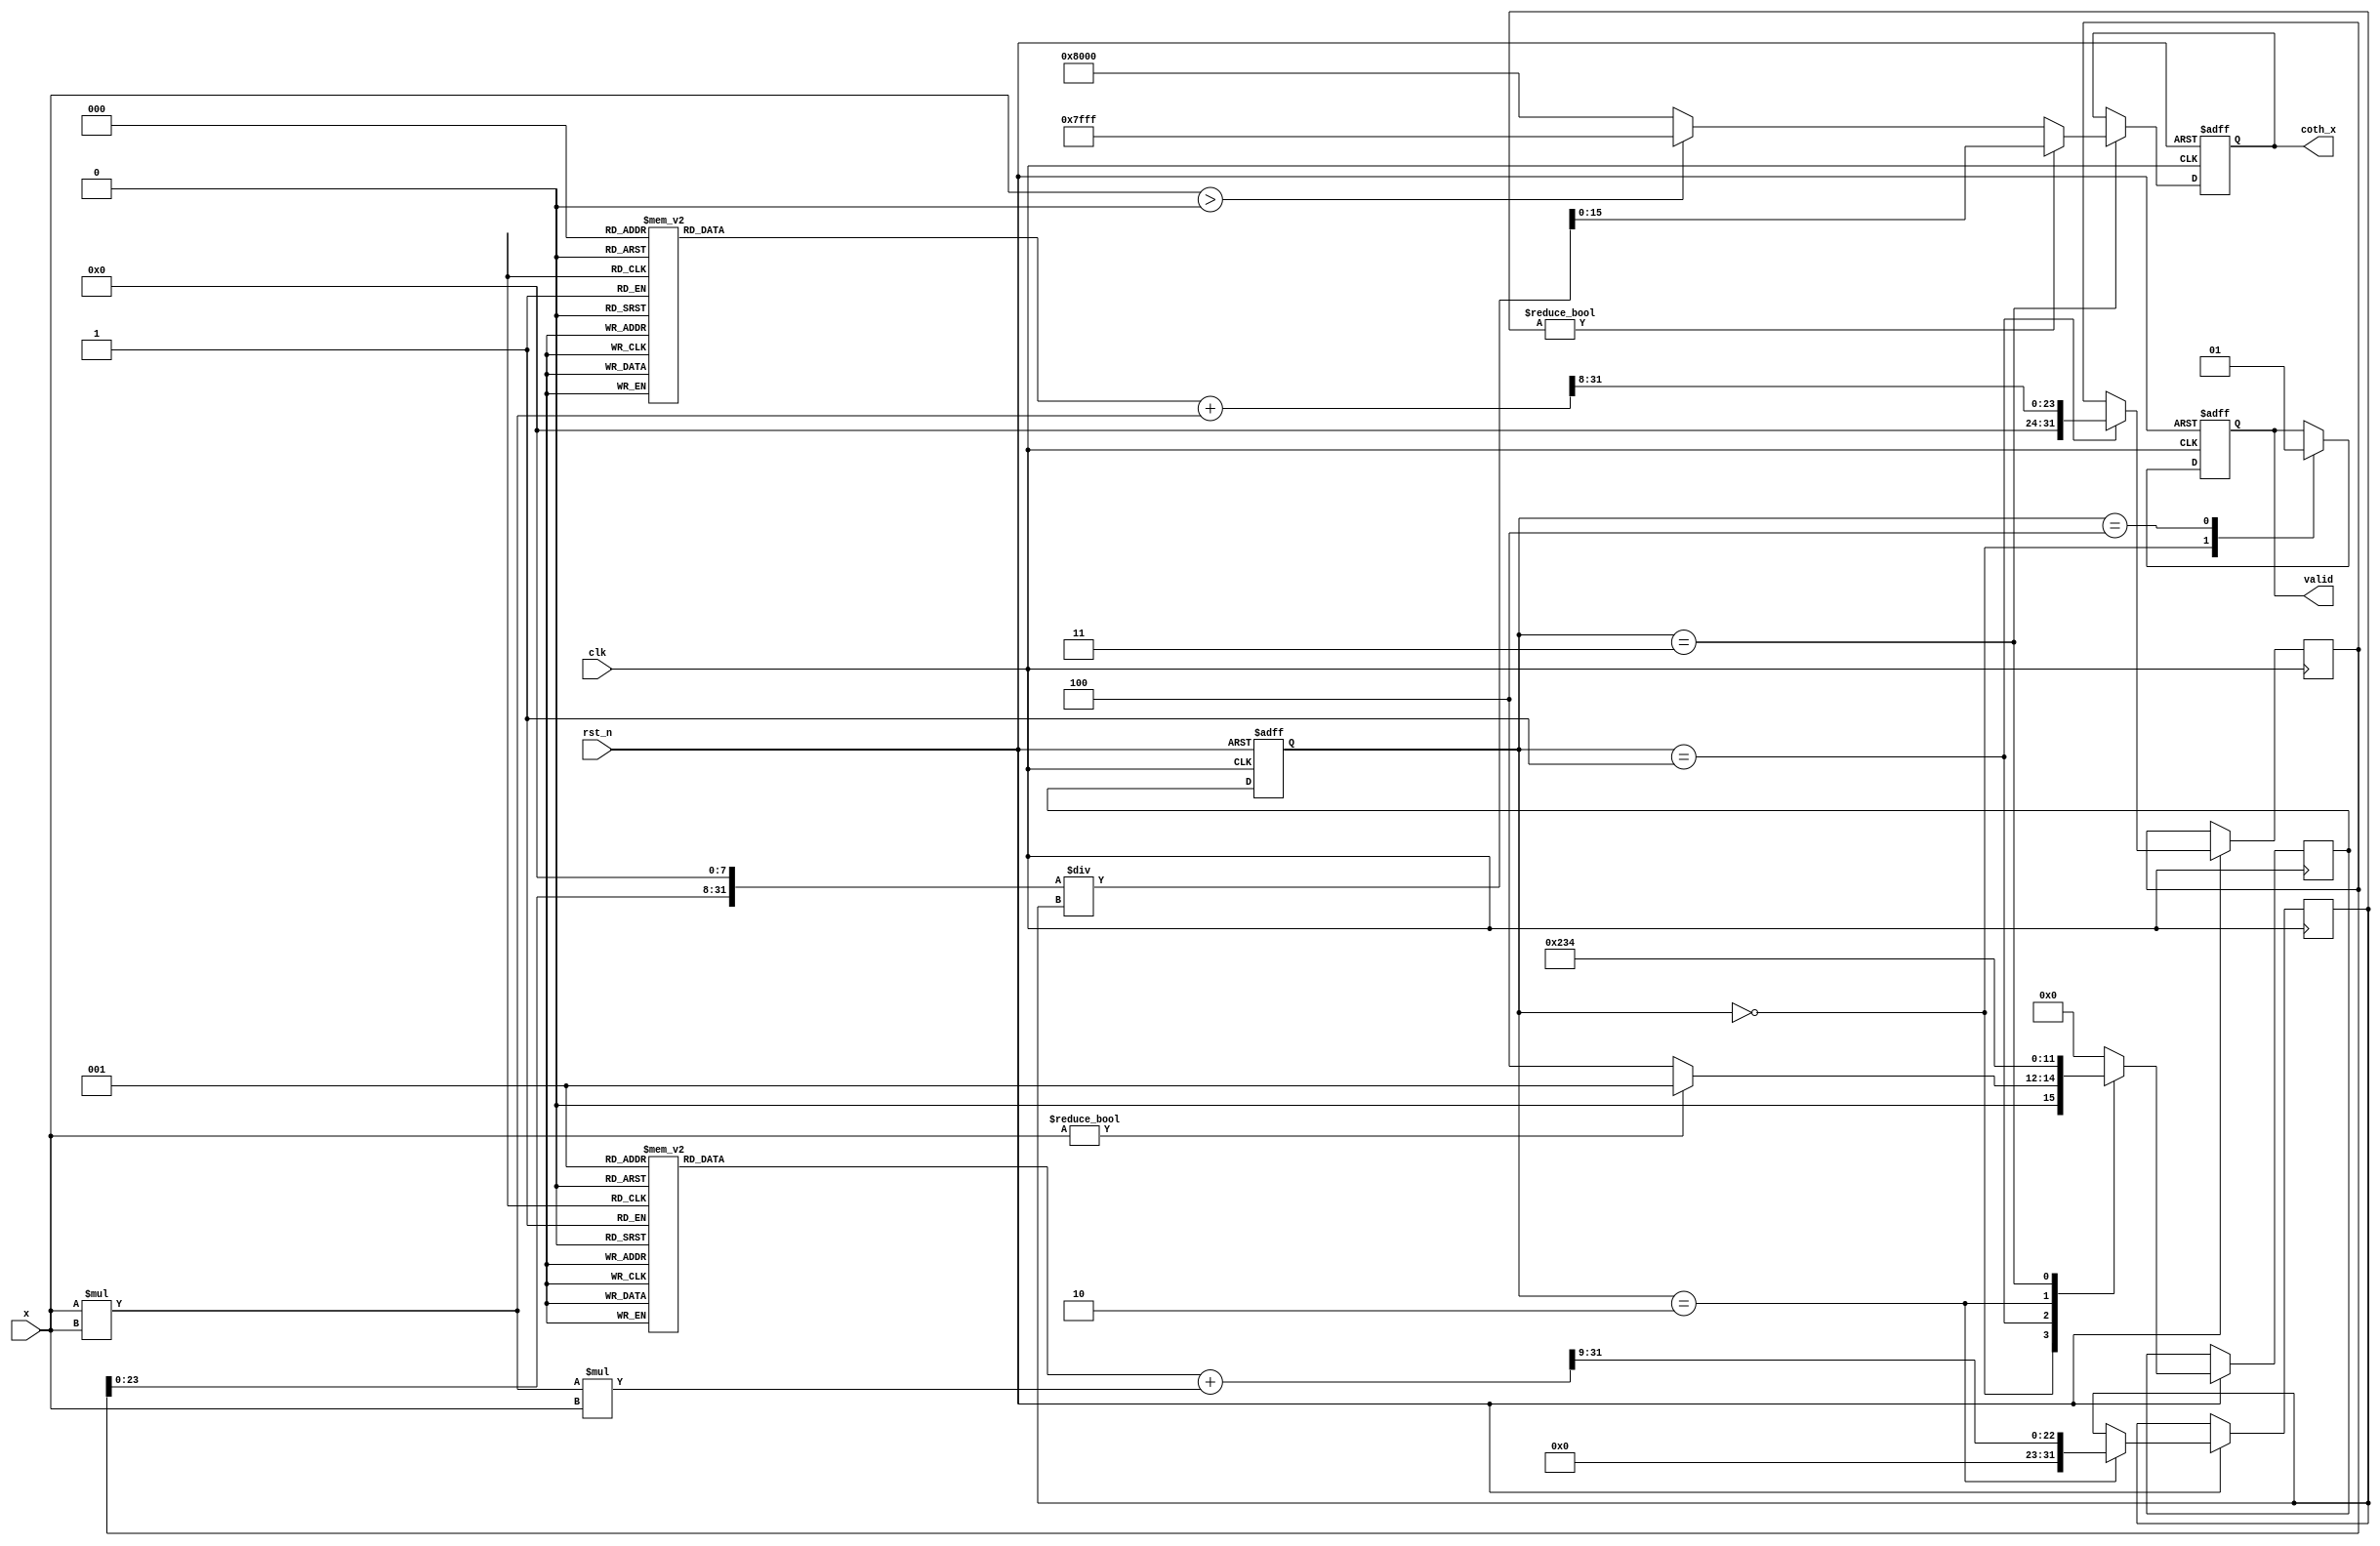
module hyperbolic_cotangent (
    input wire clk,
    input wire rst_n,
    input wire [15:0] x,          // Fixed-point input (16 bits)
    output reg [15:0] coth_x,     // Fixed-point output (16 bits)
    output reg valid               // Output valid signal
);

    // Parameters for fixed-point representation
    parameter FIXED_POINT_FRACTIONAL_BITS = 8;
    parameter MAX_OUTPUT_VALUE = 16'h7FFF; // Maximum value for 16-bit signed fixed-point
    parameter MIN_OUTPUT_VALUE = 16'h8000; // Minimum value for 16-bit signed fixed-point

    // Internal signals
    reg [31:0] cosh_x;            // Intermediate value for cosh(x)
    reg [31:0] sinh_x;            // Intermediate value for sinh(x)
    reg [31:0] temp_coth;         // Temporary value for coth(x)
    reg [3:0] state;              // State machine for computation
    reg [3:0] next_state;         // Next state for state machine

    // State machine encoding
    localparam IDLE = 4'b0000;
    localparam CALC_COSH = 4'b0001;
    localparam CALC_SINH = 4'b0010;
    localparam CALC_COTH = 4'b0011;
    localparam DONE = 4'b0100;

    // Taylor series coefficients for cosh(x) and sinh(x)
    reg [31:0] cosh_coeff [0:5];
    reg [31:0] sinh_coeff [0:5];

    initial begin
        cosh_coeff[0] = 32'h00000001; // 1
        cosh_coeff[1] = 32'h00000000; // x^1 / 1! = 0
        cosh_coeff[2] = 32'h00000080; // x^2 / 2! = x^2 / 2
        cosh_coeff[3] = 32'h00000000; // x^3 / 3! = 0
        cosh_coeff[4] = 32'h00002000; // x^4 / 4! = x^4 / 24
        cosh_coeff[5] = 32'h00000000; // x^5 / 5! = 0

        sinh_coeff[0] = 32'h00000000; // 0
        sinh_coeff[1] = 32'h00000080; // x^1 / 1! = x
        sinh_coeff[2] = 32'h00000000; // x^2 / 2! = 0
        sinh_coeff[3] = 32'h00002000; // x^3 / 3! = x^3 / 6
        sinh_coeff[4] = 32'h00000000; // x^4 / 4! = 0
        sinh_coeff[5] = 32'h00000040; // x^5 / 5! = x^5 / 120
    end

    // State machine for computation
    always @(posedge clk or negedge rst_n) begin
        if (!rst_n) begin
            state <= IDLE;
            coth_x <= 16'h0000;
            valid <= 1'b0;
        end else begin
            state <= next_state;
            case (state)
                IDLE: begin
                    valid <= 1'b0;
                    if (x != 16'h0000) // Avoid division by zero
                        next_state <= CALC_COSH;
                    else
                        next_state <= DONE; // Handle x = 0 case
                end

                CALC_COSH: begin
                    // Compute cosh(x) using Taylor series
                    // This is a simplified version, real implementation would require more iterations
                    cosh_x <= cosh_coeff[0] + (x * x) >> FIXED_POINT_FRACTIONAL_BITS; // 1 + x^2/2
                    next_state <= CALC_SINH;
                end

                CALC_SINH: begin
                    // Compute sinh(x) using Taylor series
                    sinh_x <= sinh_coeff[1] + (x * x * x) >> (FIXED_POINT_FRACTIONAL_BITS + 1); // x + x^3/6
                    next_state <= CALC_COTH;
                end

                CALC_COTH: begin
                    // Compute coth(x) = cosh(x) / sinh(x)
                    if (sinh_x != 0) begin
                        temp_coth = (cosh_x << FIXED_POINT_FRACTIONAL_BITS) / sinh_x; // Scaling for fixed-point
                        coth_x <= temp_coth[15:0]; // Take lower 16 bits
                    end else begin
                        coth_x <= (x > 0) ? MAX_OUTPUT_VALUE : MIN_OUTPUT_VALUE; // Handle overflow
                    end
                    next_state <= DONE;
                end

                DONE: begin
                    valid <= 1'b1; // Indicate valid output
                    next_state <= IDLE; // Go back to idle
                end

                default: next_state <= IDLE; // Safety
            endcase
        end
    end

endmodule